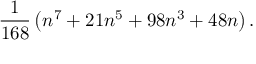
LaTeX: { \frac { 1 } { 1 6 8 } } \left( n ^ { 7 } + 2 1 n ^ { 5 } + 9 8 n ^ { 3 } + 4 8 n \right) .